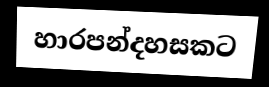
හාරපන්දහසකට